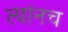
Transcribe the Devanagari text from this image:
त्यांनच